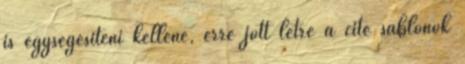
is egységesíteni kellene, erre jött létre a cite sablonok